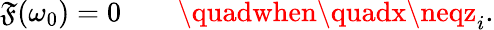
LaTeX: \mathfrak{F}(\omega_{0})=0\quad\quad\quadwhen\quadx\neqz_{i}.